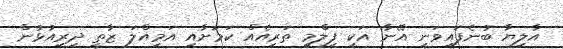
އާލިޔާ ބުނެފައިވަނީ އޭނާ އަކީ ފިލްމީ ތަރިއެއް ކަމަށާއި އަމިއްލަ ޒާތީ ދިރިއުޅުން